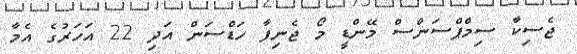
ޖެސިކާ ސިމްޕްސަންސް މޭންޑީ މޯ ޖެނިފާ ހަޑްސަން އަދި 22 އަހަރުގެ އެމާ